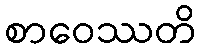
စာဝေဿတိ